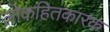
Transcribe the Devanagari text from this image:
लोकहितकारक